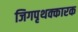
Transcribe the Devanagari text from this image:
जिगपृथक्कारक